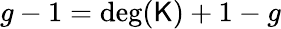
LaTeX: g-1=\deg(\mathsf{K})+1-g